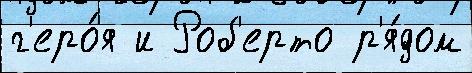
г'еро́я и Роб'ерто р'я́дом